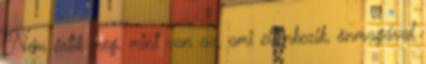
Nem értik meg, mint van az, ami ellenkezik, önmagával